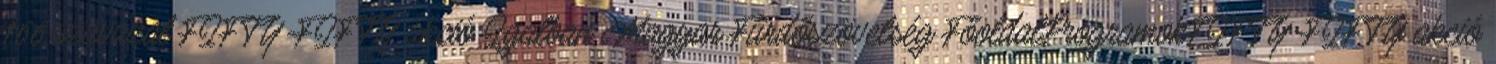
166 szavazat FIFTY-FIFTY akció Igalban Magyar Fürdőszövetség FőoldalProgramokFIFTY-FIFTY akció